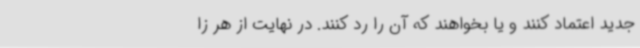
جدید اعتماد کنند و یا بخواهند که آن را رد کنند. در نهایت از هر زا